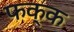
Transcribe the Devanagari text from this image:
फक्क